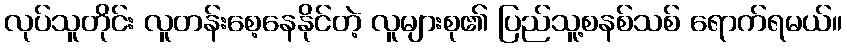
လုပ်သူတိုင်း လူတန်းစေ့နေနိုင်တဲ့ လူများစု၏ ပြည်သူ့စနစ်သစ် ရောက်ရမယ်။